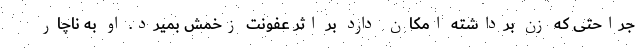
جراحتی که زن برداشته امکان دارد بر اثر عفونت زخمش بمیرد. او به ناچار